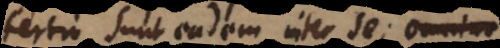
tertio sunt eadem inter se; omnino